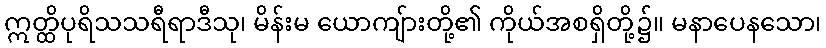
ဣတ္ထိပုရိသသရီရာဒီသု၊ မိန်းမ ယောကျ်ားတို့၏ ကိုယ်အစရှိတို့၌။ မနာပေနသော၊